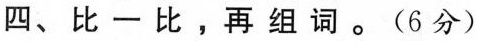
四、比一比，再组词。(6分)